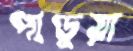
পাণ্ডুয়া